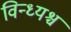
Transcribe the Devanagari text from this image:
विन्ध्यश्च